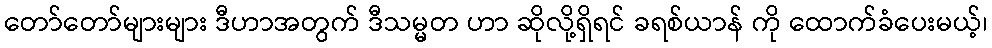
တော်တော်များများ ဒီဟာအတွက် ဒီသမ္မတ ဟာ ဆိုလို့ရှိရင် ခရစ်ယာန် ကို ထောက်ခံပေးမယ့်၊